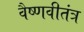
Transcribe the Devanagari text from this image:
वैष्णवीतंत्र